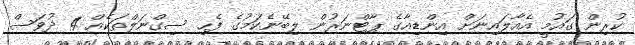
ކުރިން ގައުމީ އެއާލައިނަށް އިންޑިއާގެ ޕާޓްނަރުން ލިބޭނެކަމުގެ ފެހި ސިގްނަލްތަކެއް 4 ދުވަސް